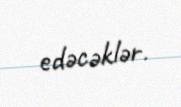
edəcəklər.